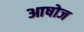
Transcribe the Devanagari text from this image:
आषोज